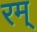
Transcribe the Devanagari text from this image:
रम्